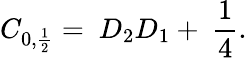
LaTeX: C_{0,\frac{1}{2}}=\ D_{2}D_{1}+\ \frac{1}{4}.